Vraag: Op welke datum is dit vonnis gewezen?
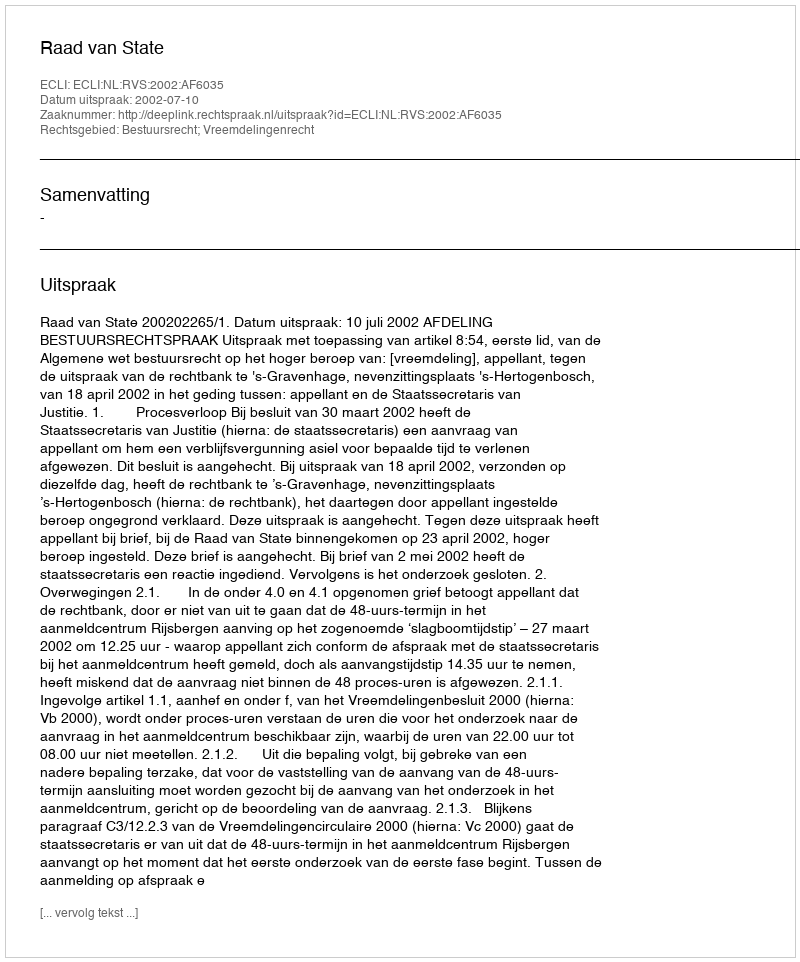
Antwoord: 2002-07-10